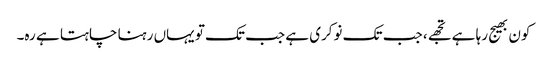
کون بھیج رہا ہے تجھے، جب تک نوکری ہے جب تک تو یہاں رہنا چاہتا ہے رہ۔